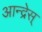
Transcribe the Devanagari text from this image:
आन्द्रेस्